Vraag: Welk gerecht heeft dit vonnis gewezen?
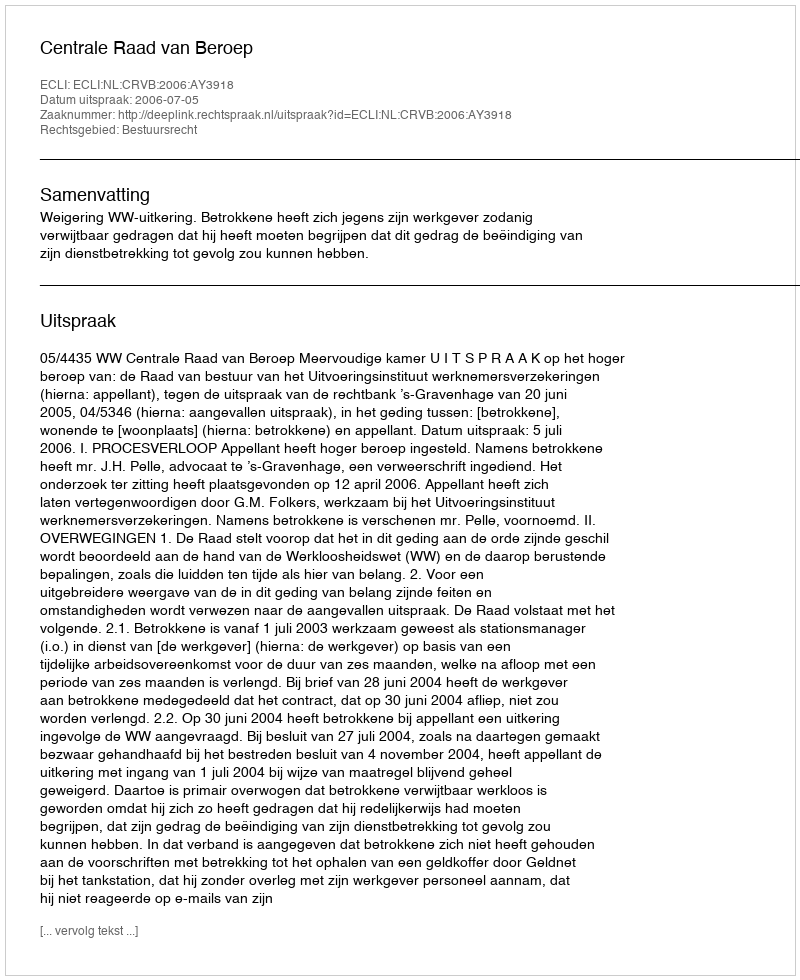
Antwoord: Centrale Raad van Beroep